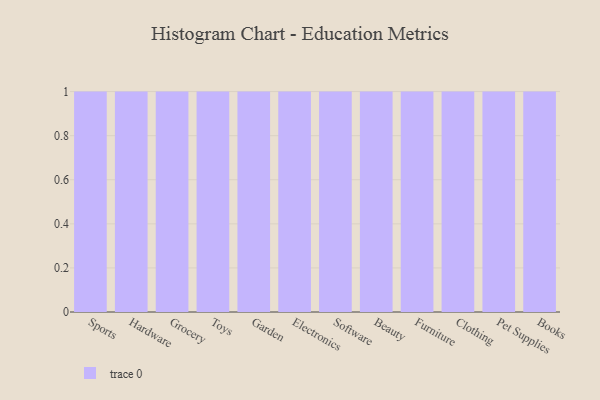
{"axis": {"x": "Category", "y": "Latency (ms)"}, "legend": [""], "data": [{"x": "Sports", "y": 92, "type": ""}, {"x": "Hardware", "y": 87, "type": ""}, {"x": "Grocery", "y": 51, "type": ""}, {"x": "Toys", "y": 37, "type": ""}, {"x": "Garden", "y": 84, "type": ""}, {"x": "Electronics", "y": 33, "type": ""}, {"x": "Software", "y": 86, "type": ""}, {"x": "Beauty", "y": 58, "type": ""}, {"x": "Furniture", "y": 63, "type": ""}, {"x": "Clothing", "y": 53, "type": ""}, {"x": "Pet Supplies", "y": 89, "type": ""}, {"x": "Books", "y": 68, "type": ""}]}